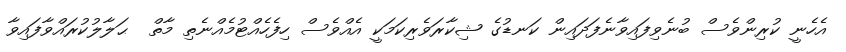
އެހެނީ ކުރިންވެސް ބުނެވިފައިވާނެފަދައިން ކަނޑުގެ ޝިކާރަވެރިކަމަކީ އެއްވެސް ހިފެހެއްޓުމެއްނެތި މާތް  ޙަލާލުކުރައްވާފައިވާ